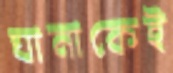
ঘানাকেই